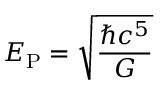
E _ { \mathrm { P } } = { \sqrt { \frac { \hbar c ^ { 5 } } { G } } }